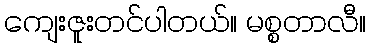
ကျေးဇူးတင်ပါတယ်။ မစ္စတာလီ။